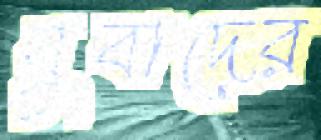
যুবাদের